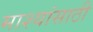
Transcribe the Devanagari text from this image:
माश्यांसाठी